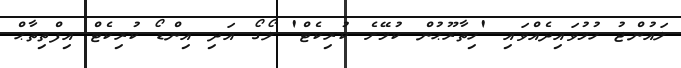
ލައުންޖު ހުޅުވައިދެއްވައި 'ހިތާރޫޙުން ކުޅޭށެ ކުރިކެޓް' ލޯގޯ އަދި އިންޑޯ ކުރިކެޓް އިފްތިތާޙް